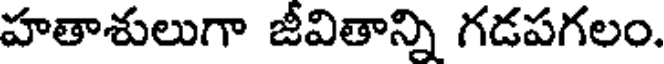
హతాశులుగా జీవితాన్ని గడపగలం.